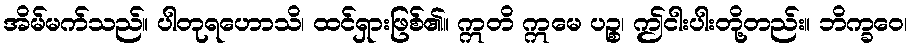
အိမ်မက်သည်။ ပါတုရဟောသိ၊ ထင်ရှားဖြစ်၏။ ဣတိ ဣမေ ပဉ္စ၊ ဤငါးပါးတို့တည်း။ ဘိက္ခဝေ၊